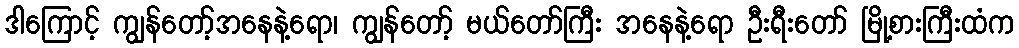
ဒါကြောင့် ကျွန်တော့်အနေနဲ့ရော၊ ကျွန်တော့် မယ်တော်ကြီး အနေနဲ့ရော ဦးရီးတော် မြို့စားကြီးထံက